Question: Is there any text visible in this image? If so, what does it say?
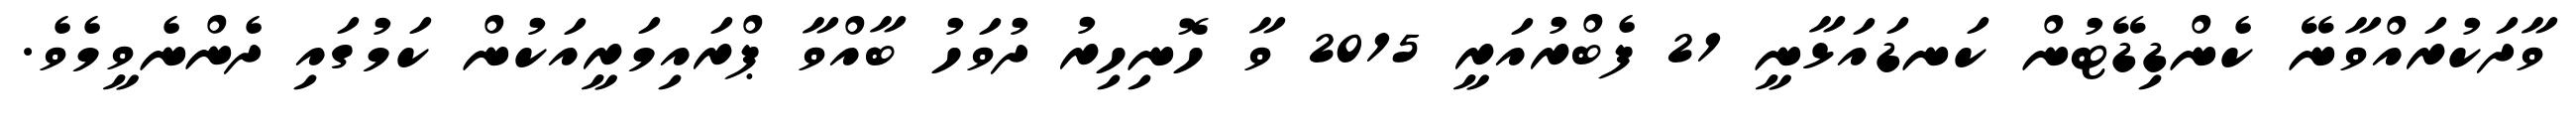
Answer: ވާދަކުރައްވާނޭ ކެންޑިޑޭޓުން ކަނޑައަޅާނީ 21 ފެބްރުއަރީ 2015 ވާ ހޮނިހިރު ދުވަހު ބާއްވާ ޕްރައިމަރީއަކުން ކަމުގައި ދެންނެވީމެވެ.